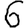
Digit: 6